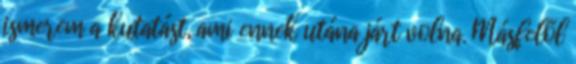
ismerem a kutatást, ami ennek utána járt volna. Másfelől